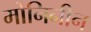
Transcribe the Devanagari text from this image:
मोनिनीन